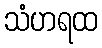
သံဟရထ